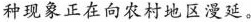
种现象正在向农村地区漫延。